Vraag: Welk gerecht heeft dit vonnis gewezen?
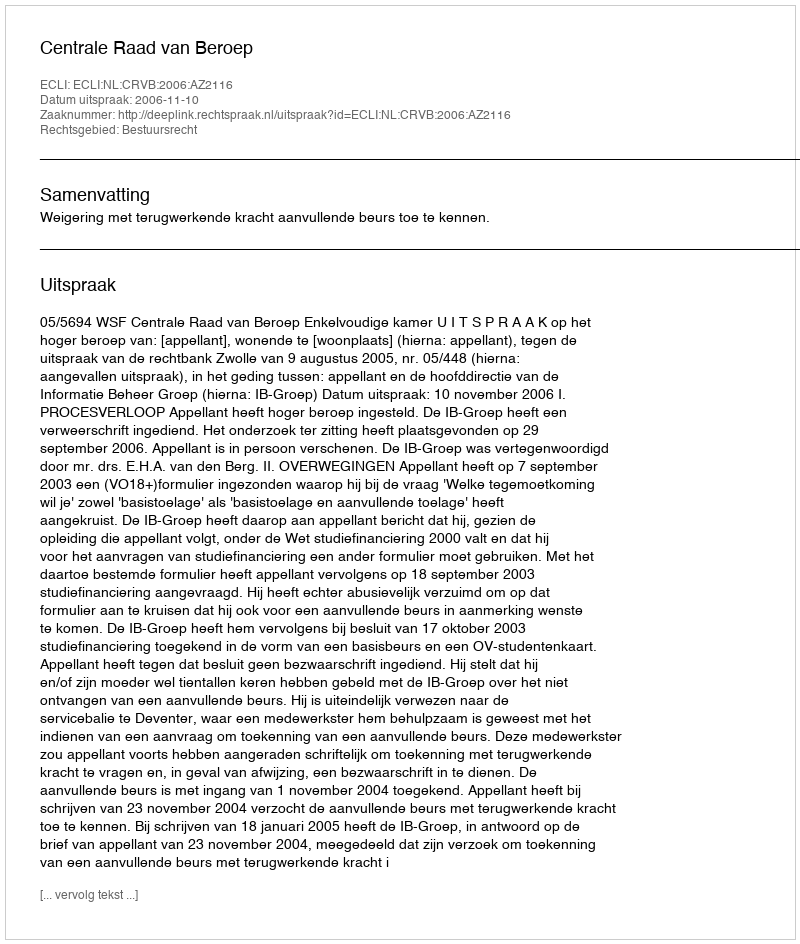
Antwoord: Centrale Raad van Beroep